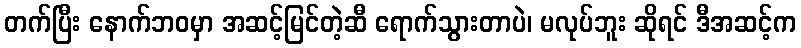
တက်ပြီး နောက်ဘဝမှာ အဆင့်မြင်တဲ့ဆီ ရောက်သွားတာပဲ၊ မလုပ်ဘူး ဆိုရင် ဒီအဆင့်က